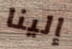
إلينا